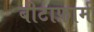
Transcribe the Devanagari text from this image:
बीटाफ़ार्म